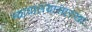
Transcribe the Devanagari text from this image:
न्यायालयासारखा